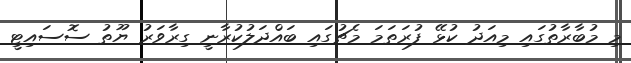
މި މުބާރާތުގައި މިއަދު ކުޅޭ ފުރަތަމަ މެޗުގައި ބައްދަލުކުރާނީ ގިރާވަރު ޔޫތު ސޮސައިޓީ